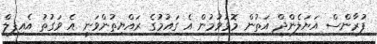
ފުރާންސް އަޔަލެންދް އަތުން މޮޅުވުމުން އެ ގައުމުގެ ރައްޔިތުންވަނީ އެ ވަގުތު އެއިފިލް